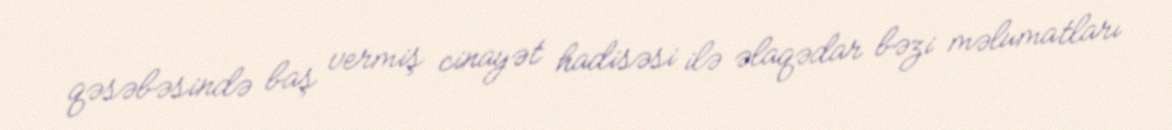
qəsəbəsində baş vermiş cinayət hadisəsi ilə əlaqədar bəzi məlumatları